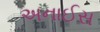
અનાઈસ